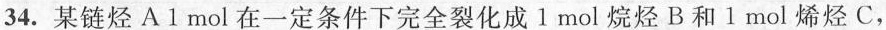
34.某链烃A1mol在一定条件下完全裂化成l mol烷烃B和l mol烯烃C，